Plague in India, 1896, 1897 - Volume 3
Year: 1896
Disease focus: Plague
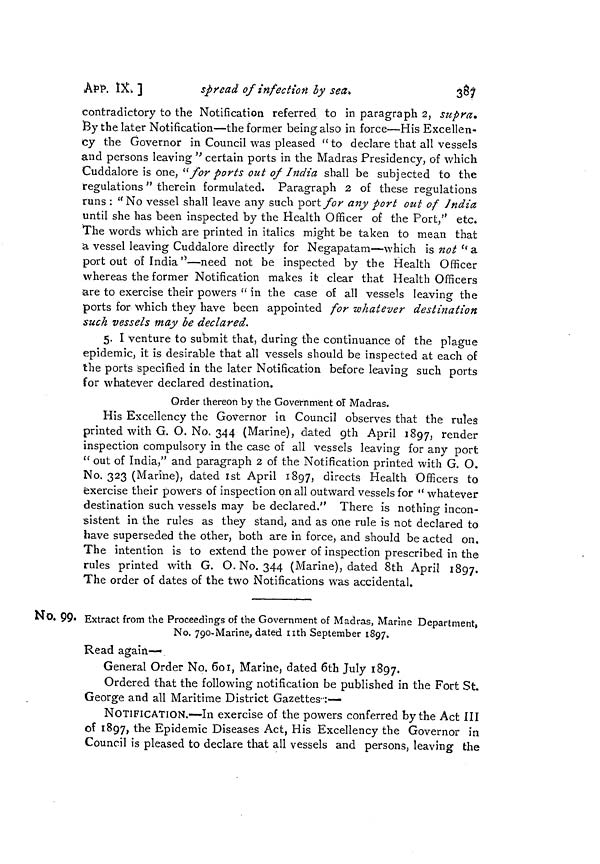
APP. 1X-. ]
spread of infection by
sea.
387
contradictory to the Notification referred to in paragraph 2, supra.
By the later Notification—the former being also in force—His Excellen-
cy the Governor in Council was pleased " to declare that all vessels
and persons leaving " certain ports in the Madras Presidency, of which
Cuddalore is one, " for ports out of India shall be subjected to the
regulations " therein formulated. Paragraph 2 of these regulations
runs : "No vessel shall leave any such port for any port out of Indict
until she has been inspected by the Health Officer of the Port," etc.
The words which are printed in italics might be taken to mean that
ä vessel leaving Cuddalore directly for Negapatam—which is not " a
port out of India"—need not be inspected by the Health Officer
whereas the former Notification makes it clear that Health Officers
are to exercise their powers " in the case of all vessels leaving the
ports for which they have been appointed for whatever destination
such vessels may be declared.
5. I venture to submit that, during the continuance of the plague
epidemic, it is desirable that all vessels should be inspected at each of
the ports specified in the later Notification before leaving such ports
for whatever declared destination.
Order thereon by the Government of Madras.
His Excellency the Governor in Council observes that the rules
printed with G. O. No. 344 (Marine), dated 9th April 1897, render
inspection compulsory in the case of all vessels leaving for any port
" out of India," and paragraph 2 of the Notification printed with G. O.
No. 323 (Marine), dated 1st April 1897, directs Health Officers to
exercise their powers of inspection on all outward vessels for " whatever
destination such vessels may be declared." There is nothing incon-
sistent in the rules as they stand, and as one rule is not declared to
have superseded the other, both are in force, and should be acted on.
The intention is to extend the power of inspection prescribed in the
rules printed with G. O. No. 344 (Marine), dated 8th April 1897.
The order of dates of the two Notifications was accidental.
No. 99. Extract from the Proceedings of the Government of Madras, Manne Department,
No. 790-Marine, dated nth September 1897.
Read again-
General Order No. 601, Marine, dated 6th July 1897.
Ordered that the following notification be published in the Fort St.
George and all Maritime District Gazettes-:—-
NOTIFICATION.—In exercise of the powers conferred by the Act III
of 1897, th e Epidemic Diseases Act, His Excellency the Governor in
Council is pleased to declare that all vessels and persons, leaving the